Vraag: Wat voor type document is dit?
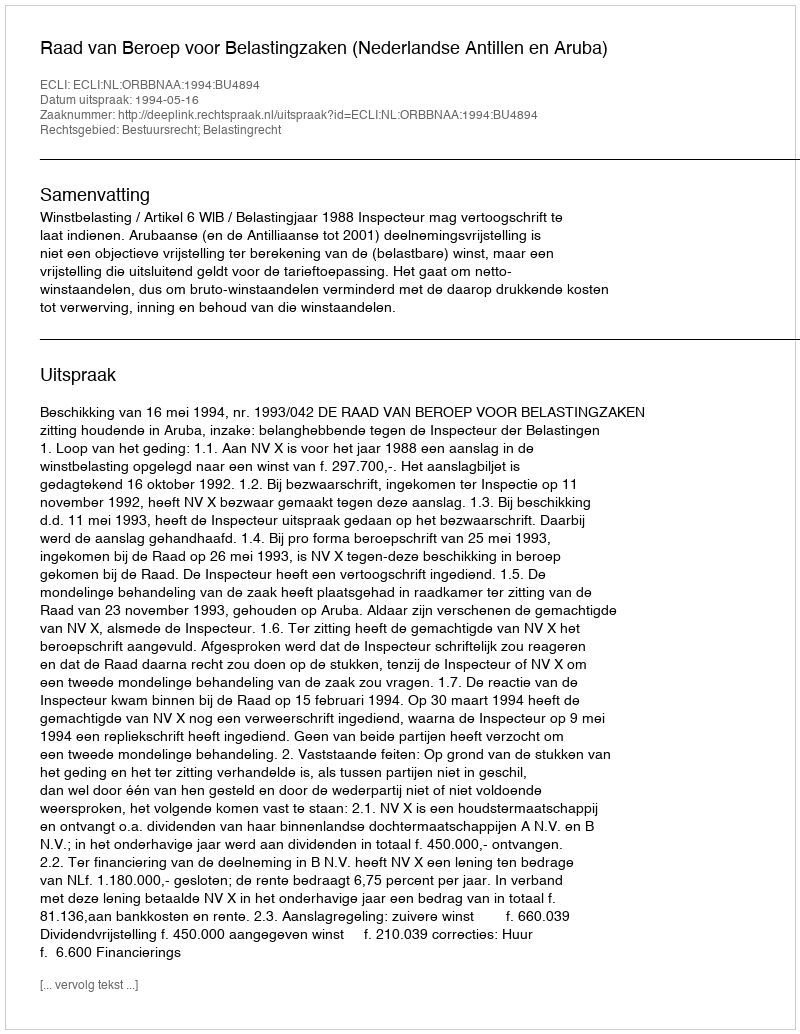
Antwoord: Uitspraak